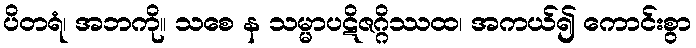
ပိတရံ၊ အဘကို။ သစေ န သမ္မာပဋိဇဂ္ဂိဿထ၊ အကယ်၍ ကောင်းစွာ